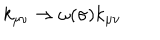
k _ { \mu \nu } \to \omega ( \sigma ) k _ { \mu \nu }